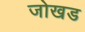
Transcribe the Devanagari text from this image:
जोखड